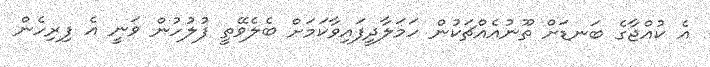
އެ ކުއްޖާގެ ބަނޑަށް ތޫނުއެއްޗަކުން ހަމަލާދީފައިވާކަމަށް ބެލެވޭތީ ފުލުހުން ވަނީ އެ ފިރިހެން